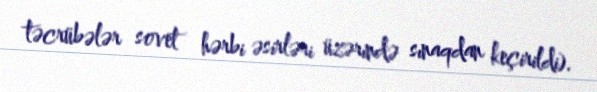
təcrübələr sovet hərbi əsirləri üzərində sınaqdan keçirildi).